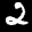
Label: 2